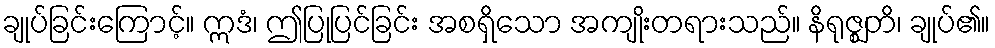
ချုပ်ခြင်းကြောင့်။ ဣဒံ၊ ဤပြုပြင်ခြင်း အစရှိသော အကျိုးတရားသည်။ နိရုဇ္ဈတိ၊ ချုပ်၏။